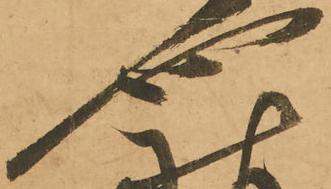
也